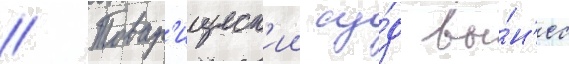
// Товар'ищеск'ии су́д вы́н'ес